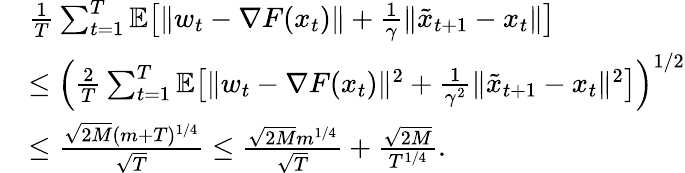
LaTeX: \begin{array}{rl}&{\frac{1}{T}\sum_{t=1}^{T}\mathbb{E}\big[\| w_{t}-\nabla F(x_{t})\| +\frac{1}{\gamma}\| \tilde{x}_{t+1}-x_{t}\| \big]}\\ &{\leq\Big(\frac{2}{T}\sum_{t=1}^{T}\mathbb{E}\big[\| w_{t}-\nabla F(x_{t})\| ^{2}+\frac{1}{\gamma^{2}}\| \tilde{x}_{t+1}-x_{t}\| ^{2}\big]\Big)^{1/2}}\\ &{\leq\frac{\sqrt{2M}(m+T)^{1/4}}{\sqrt{T}}\leq\frac{\sqrt{2M}m^{1/4}}{\sqrt{T}}+\frac{\sqrt{2M}}{T^{1/4}}.}\end{array}